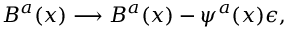
B ^ { a } ( x ) \longrightarrow B ^ { a } ( x ) - \psi ^ { a } ( x ) \epsilon ,